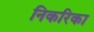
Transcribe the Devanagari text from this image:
निकरिका